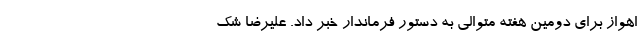
اهواز برای دومین هفته متوالی به دستور فرماندار خبر داد. علیرضا شک